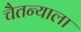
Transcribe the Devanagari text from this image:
चैतन्याला